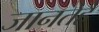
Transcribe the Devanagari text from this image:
जानतेहैं